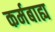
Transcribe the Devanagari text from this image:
कर्मबाह्य